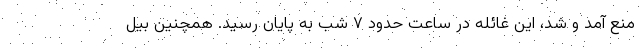
منع آمد و شد، این غائله در ساعت حدود ۷ شب به پایان رسید. همچنین بیل